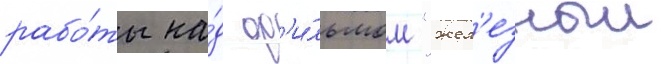
рабо́ты на́д ф'и́льмом "жел'езныи